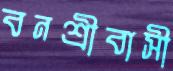
বনশ্রীবাসী